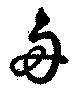
舟